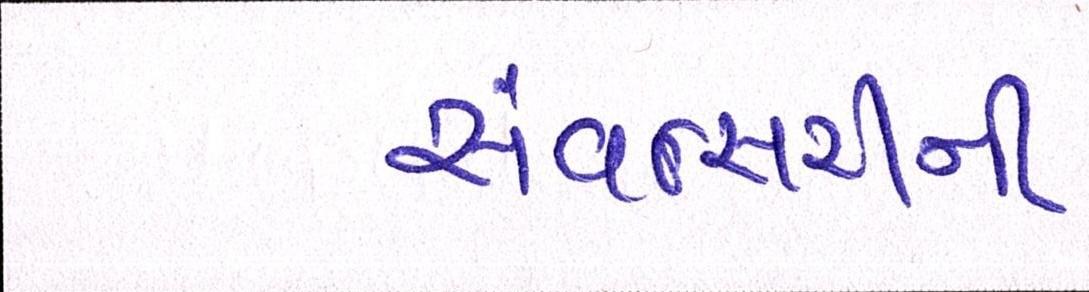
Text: સંવત્સરીની